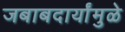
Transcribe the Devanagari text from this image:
जबाबदार्यांमुळे